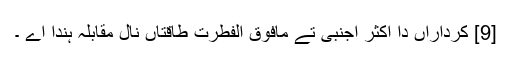
[9] کرداراں دا اکثر اجنبی تے مافوق الفطرت طاقتاں نال مقابلہ ہُندا اے ۔